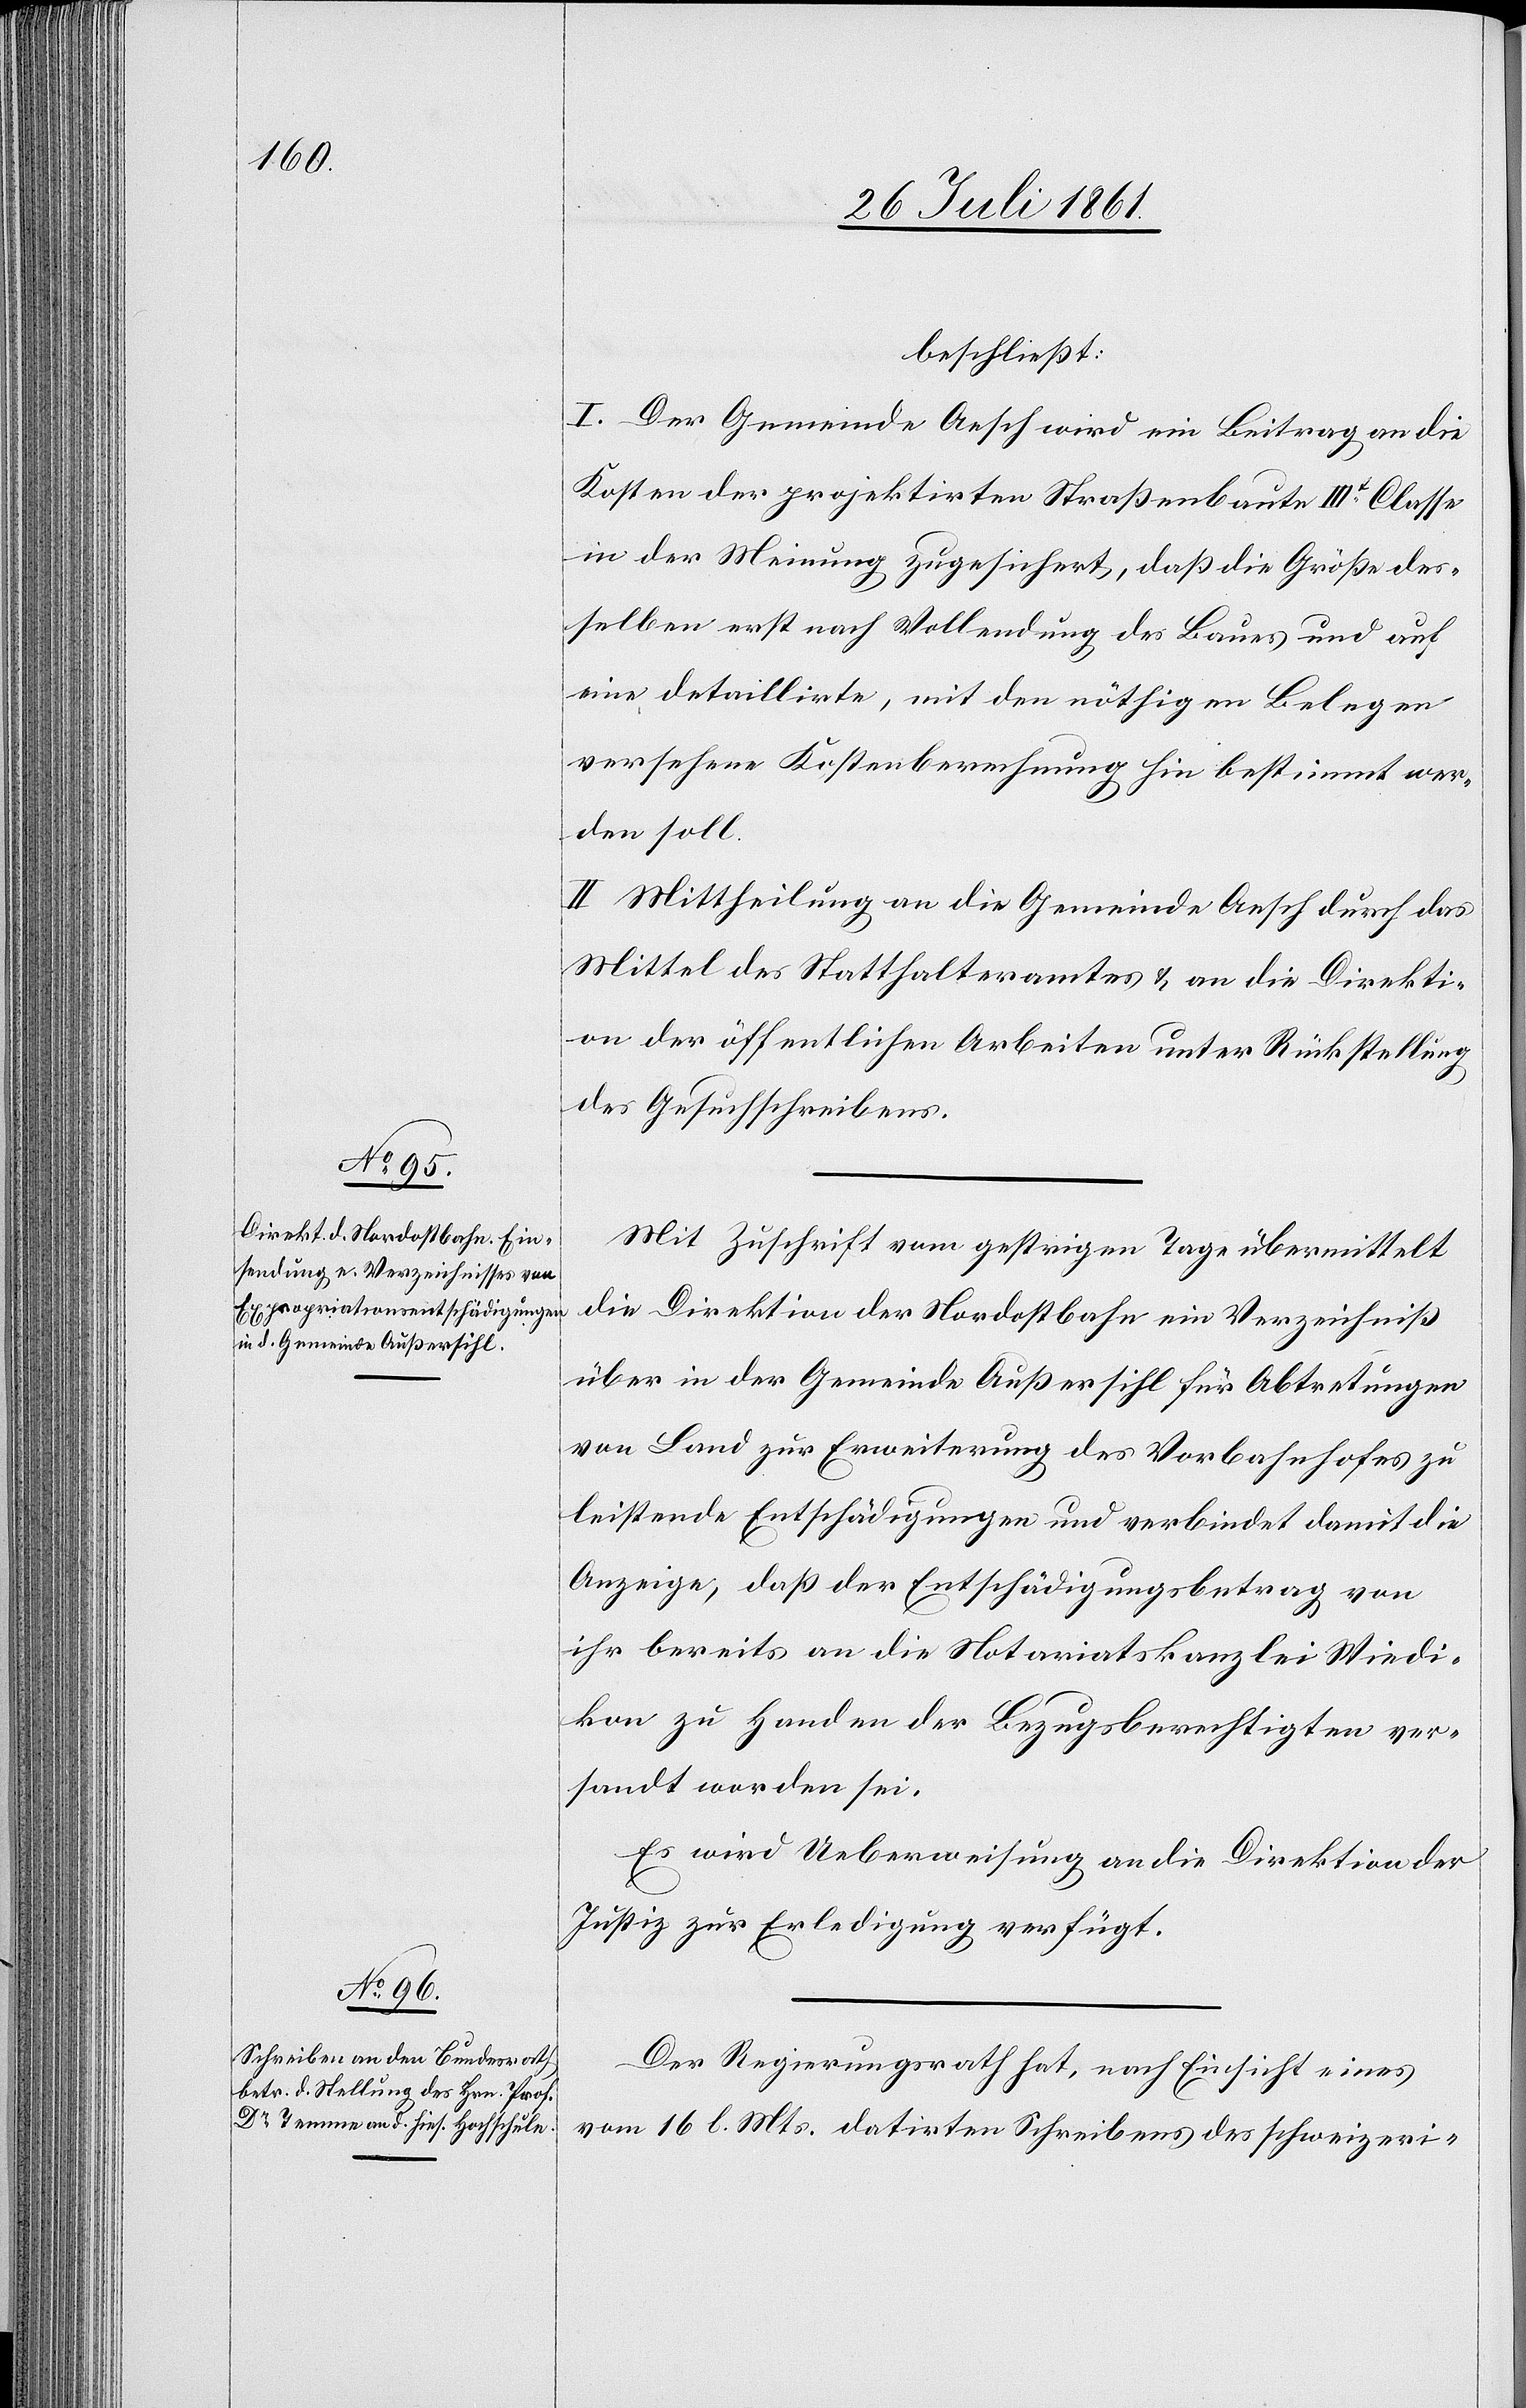
beschließt:
I. Der Gemeinde Aesch wird ein Beitrag an die
Kosten der projektirten Straßenbaute IIIt Classe
in der Meinung zugesichert, daß die Größe des¬
selben erst nach Vollendung des Baues und auf
eine detaillirte, mit den nöthigen Belegen
versehene Kostenberechnung hin bestimmt wer¬
den soll.
II. Mittheilung an die Gemeinde Aesch durch das
Mittel des Statthalteramtes u. an die Direkti¬
on der öffentlichen Arbeiten unter Rückstellung
des Gesuchsschreibens.
Mit Zuschrift vom gestrigen Tage übermittelt
die Direktion der Nordostbahn ein Verzeichniß
über in der Gemeinde Außersihl für Abtretungen
von Land zur Erweiterung des Vorbahnhofes zu
leistende Entschädigung und verbindet damit die
Anzeige, daß der Entschädigungsbetrag von
ihr bereits an die Notariatskanzlei Wiedi¬
kon zu Handen der Bezugsberechtigten ver¬
sandt worden sei.
Es wird Ueberweisung an die Direktion der
Justiz zur Erledigung verfügt.
Der Regierungsrath hat, nach Einsicht eines
vom 16 l. Mts. datirten Schreibens des schweizeri-